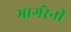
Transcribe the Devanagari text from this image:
भागंरेनी